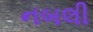
નબલી